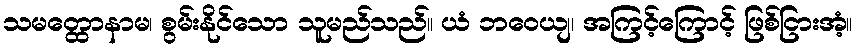
သမတ္ထောနာမ၊ စွမ်းနိုင်သော သူမည်သည်။ ယံ ဘဝေယျ၊ အကြင့်ကြောင့် ဖြစ်ငြားအံ့။